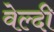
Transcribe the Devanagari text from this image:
वेल्दी